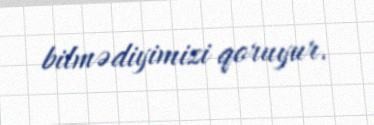
bilmədiyimizi qoruyur.